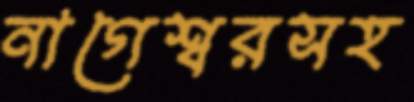
নাগেশ্বরসহ